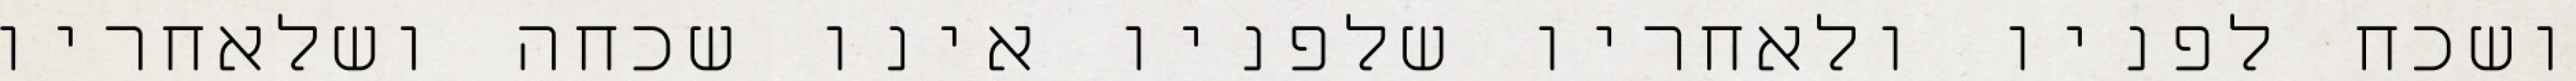
ושכח לפניו ולאחריו שלפניו אינו שכחה ושלאחריו